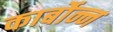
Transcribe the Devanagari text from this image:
कार्बोन्न